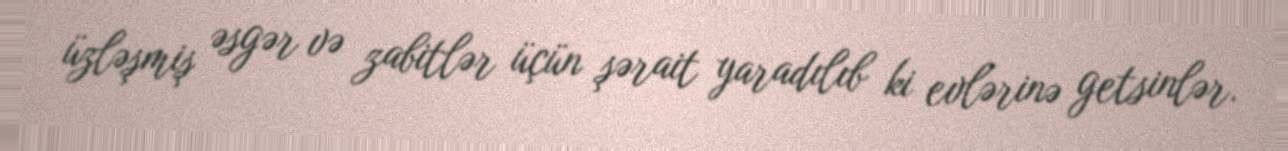
üzləşmiş əsgər və zabitlər üçün şərait yaradılıb ki evlərinə getsinlər.